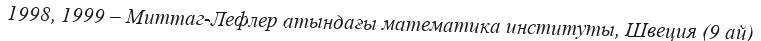
1998, 1999 – Миттаг-Лефлер атындағы математика институты, Швеция (9 ай)